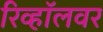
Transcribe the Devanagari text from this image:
रिव्हॉलवर